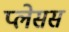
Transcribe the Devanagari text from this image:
प्लेसस